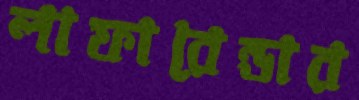
লাফারেন্ডার